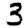
Digit: 3